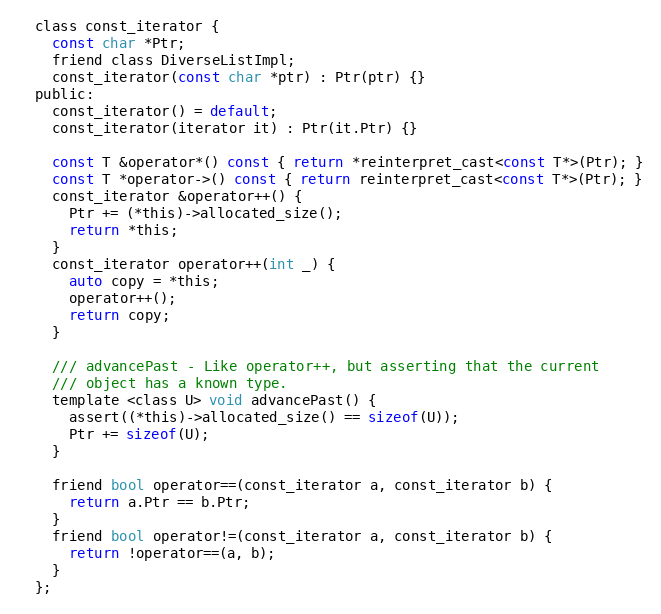
Language: C
  class const_iterator {
    const char *Ptr;
    friend class DiverseListImpl;
    const_iterator(const char *ptr) : Ptr(ptr) {}
  public:
    const_iterator() = default;
    const_iterator(iterator it) : Ptr(it.Ptr) {}

    const T &operator*() const { return *reinterpret_cast<const T*>(Ptr); }
    const T *operator->() const { return reinterpret_cast<const T*>(Ptr); }
    const_iterator &operator++() {
      Ptr += (*this)->allocated_size();
      return *this;
    }
    const_iterator operator++(int _) {
      auto copy = *this;
      operator++();
      return copy;
    }

    /// advancePast - Like operator++, but asserting that the current
    /// object has a known type.
    template <class U> void advancePast() {
      assert((*this)->allocated_size() == sizeof(U));
      Ptr += sizeof(U);
    }

    friend bool operator==(const_iterator a, const_iterator b) {
      return a.Ptr == b.Ptr;
    }
    friend bool operator!=(const_iterator a, const_iterator b) {
      return !operator==(a, b);
    }
  };